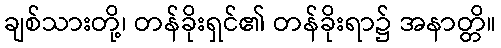
ချစ်သားတို့၊ တန်ခိုးရှင်၏ တန်ခိုးရာ၌ အနာတ္တိ။